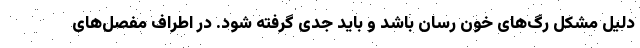
دلیل مشکل رگ‌های خون رسان باشد و باید جدی گرفته شود. در اطراف مفصل‌های